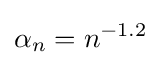
\alpha _{n}=n^{-1.2}